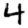
Digit: 4